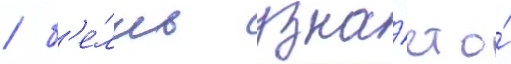
/ б'е́лль узна́ет о́